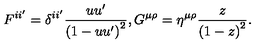
F ^ { i i ^ { \prime } } = \delta ^ { i i ^ { \prime } } \frac { u u ^ { \prime } } { \left( 1 - u u ^ { \prime } \right) ^ { 2 } } , G ^ { \mu \rho } = \eta ^ { \mu \rho } \frac { z } { \left( 1 - z \right) ^ { 2 } } .